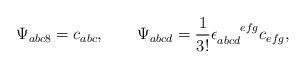
LaTeX: \begin{align*}\Psi_{abc8}=c_{abc},\qquad \Psi_{abcd}=\frac{1}{3!}\epsilon_{abcd}^{\quad\;\; efg}c_{efg},\end{align*}